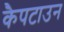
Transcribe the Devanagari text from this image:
कैपटाउन